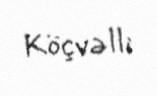
Köçvəlli